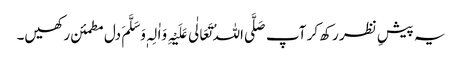
یہ پیشِ نظر رکھ کر آپ صَلَّی اللہُ تَعَالٰی عَلَیْہِ وَاٰلِہٖ وَسَلَّمَ دل مطمئن رکھیں۔